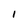
Character: I